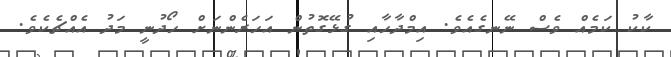
ކާކު ކަމެއް ވެސް ނޭނގެއެވެ. އިމްދާހާއި ގުޅޭގޮތުން އަހަރެންނަށް ހޯދުނީ މަދު އެއްޗެކެވެ.